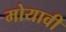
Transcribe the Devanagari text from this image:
मोयावी